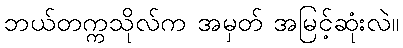
ဘယ်တက္ကသိုလ်က အမှတ် အမြင့်ဆုံးလဲ။